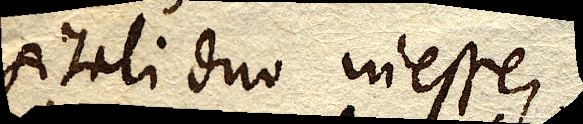
sitati duo inesse,